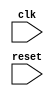
module RepeatLoop(
    input wire clk,              // Clock signal
    input wire reset             // Reset signal to break the loop
);
    // Initialization block
    initial begin
        // Perform any necessary setup or initialization here
    end

    // Always block to create the repeat loop
    always @(posedge clk or posedge reset) begin
        if (reset) begin
            // Handle reset condition if necessary
            // This could include resetting any internal state
        end else begin
            // The infinite loop begins here
            // Place your repeated execution statements here
            
            // Example: Some repetitive task
            // You can replace the statement below with your actual logic
            // This is just a placeholder statement
            // For example, toggling an LED or updating a counter

            // Infinite loop behavior
            // Note: This is just for simulation and demonstration purposes
            // In actual hardware, ensure you manage resources properly
            // You wouldn't have a literal infinite loop in synthesis

            // Example operation
            // some_signal <= some_signal + 1;  // Incrementing some signal

        end
    end
endmodule